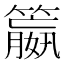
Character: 𮆝